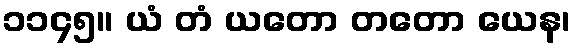
၁၁၄၅။ ယံ တံ ယတော တတော ယေန၊